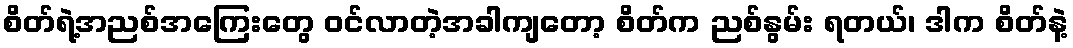
စိတ်ရဲ့အညစ်အကြေးတွေ ဝင်လာတဲ့အခါကျတော့ စိတ်က ညစ်နွမ်း ရတယ်၊ ဒါက စိတ်နဲ့